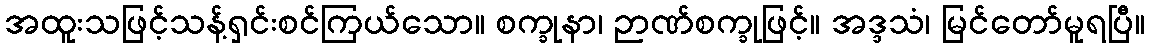
အထူးသဖြင့်သန့်ရှင်းစင်ကြယ်သော။ စက္ခုနာ၊ ဉာဏ်စက္ခုဖြင့်။ အဒ္ဒသံ၊ မြင်တော်မူရပြီ။